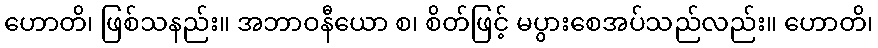
ဟောတိ၊ ဖြစ်သနည်း။ အဘာဝနီယော စ၊ စိတ်ဖြင့် မပွားစေအပ်သည်လည်း။ ဟောတိ၊